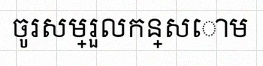
ចូរសម្រួលកន្សោម